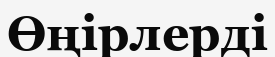
Өңірлерді